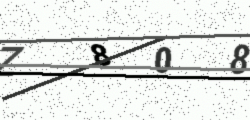
Text: Z808